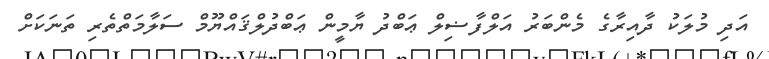
އަދި މުލަކު ދާއިރާގެ މެންބަރު އަލްފާޟިލް ޢަބްދު ޔާމީން ޢަބްދުލްޤައްޔޫމް ސަލާމަތްތެރި ތަނަކަށް